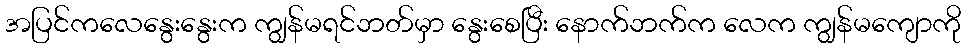
အပြင်ကလေနွေးနွေးက ကျွန်မရင်ဘတ်မှာ နွေးစေပြီး နောက်ဘက်က လေက ကျွန်မကျောကို